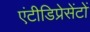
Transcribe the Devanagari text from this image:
एंटीडिप्रेसेंटों